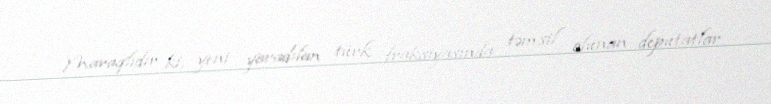
Maraqlıdır ki, yeni yaradılan türk fraksiyasında təmsil olunan deputatlar